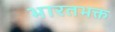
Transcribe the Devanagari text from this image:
भारतभक्त